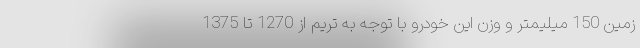
زمین 150 میلیمتر و وزن این خودرو با توجه به تریم از 1270 تا 1375